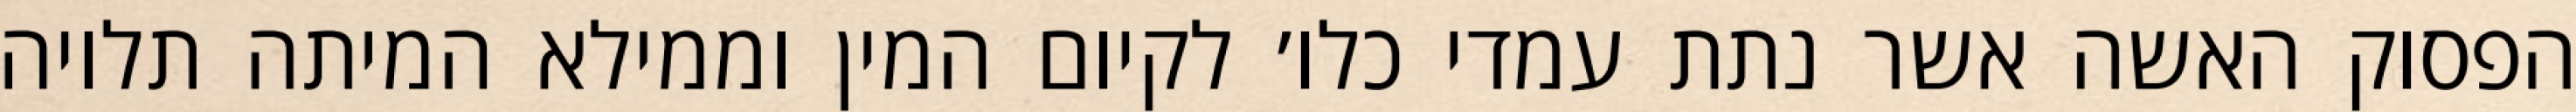
הפסוק האשה אשר נתת עמדי כלו׳ לקיום המין וממילא המיתה תלויה